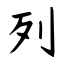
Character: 列